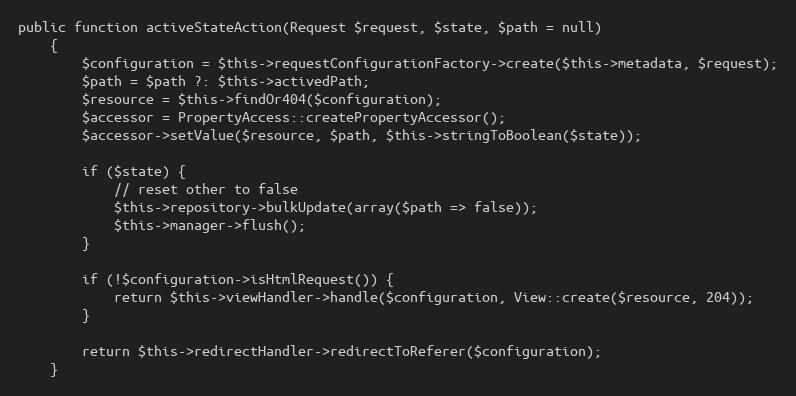
Language: PHP
public function activeStateAction(Request $request, $state, $path = null)
    {
        $configuration = $this->requestConfigurationFactory->create($this->metadata, $request);
        $path = $path ?: $this->activedPath;
        $resource = $this->findOr404($configuration);
        $accessor = PropertyAccess::createPropertyAccessor();
        $accessor->setValue($resource, $path, $this->stringToBoolean($state));

        if ($state) {
            // reset other to false
            $this->repository->bulkUpdate(array($path => false));
            $this->manager->flush();
        }

        if (!$configuration->isHtmlRequest()) {
            return $this->viewHandler->handle($configuration, View::create($resource, 204));
        }

        return $this->redirectHandler->redirectToReferer($configuration);
    }